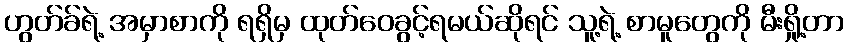
ဟွတ်ခ်ရဲ့ အမှာစာကို ရရှိမှ ထုတ်ဝေခွင့်ရမယ်ဆိုရင် သူ့ရဲ့ စာမူတွေကို မီးရှို့တာ